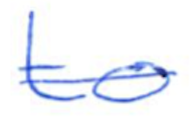
Text: to
Cross-out: single-line
Writing tool: ballpoint